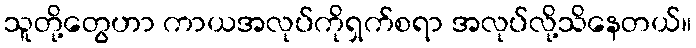
သူတို့တွေဟာ ကာယအလုပ်ကိုရှက်စရာ အလုပ်လို့သိနေတယ်။